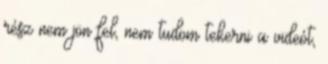
rész nem jön fel, nem tudom tekerni a videót,